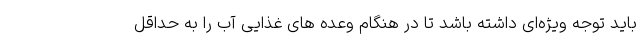
باید توجه ویژه‌ای داشته باشد تا در هنگام وعده های غذایی آب را به حداقل